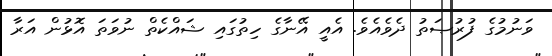
ވަނުމުގެ ފުރުޞަތު ދެވެއެވެ. އެއީ އޭނާގެ ހިތުގައި ޝައްކެތް ނުވަތަ އޮޅުން އަރާ